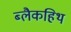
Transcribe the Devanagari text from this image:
ब्लैकहिथ